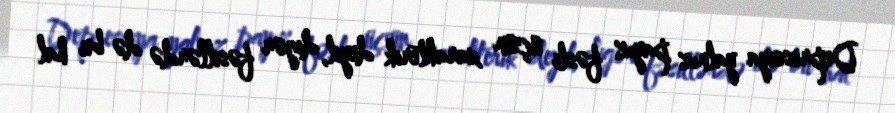
Depressiya yalnız payız fəsli üçün xarakterik deyil, digər fəsillərdə də bu hal